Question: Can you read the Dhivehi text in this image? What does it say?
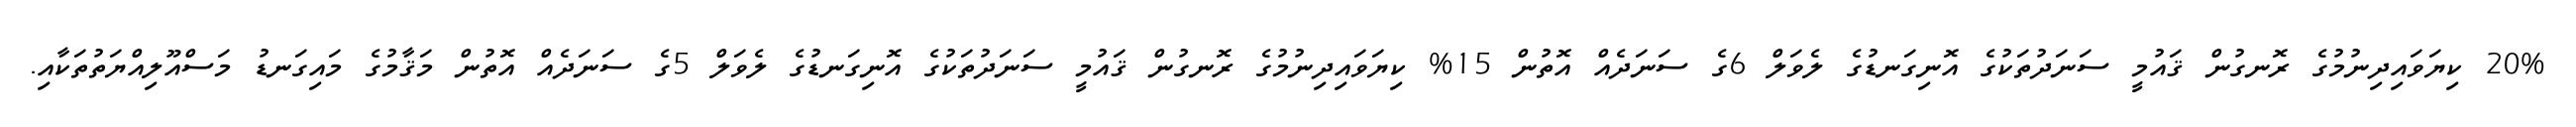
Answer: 20% ކިޔަވައިދިނުމުގެ ރޮނގުން ޤައުމީ ސަނަދުތަކުގެ އޮނިގަނޑުގެ ލެވަލް 6ގެ ސަނަދެއް އޮތުން 15% ކިޔަވައިދިނުމުގެ ރޮނގުން ޤައުމީ ސަނަދުތަކުގެ އޮނިގަނޑުގެ ލެވަލް 5ގެ ސަނަދެއް އޮތުން މަޤާމުގެ މައިގަނޑު މަސްއޫލިއްޔަތުތަކާއި.